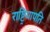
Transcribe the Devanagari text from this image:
राष्ट्रियापति